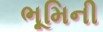
ભૂમિની